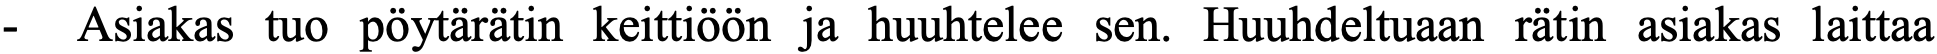
-  Asiakas tuo pöytärätin keittiöön ja huuhtelee sen. Huuhdeltuaan rätin asiakas laittaa